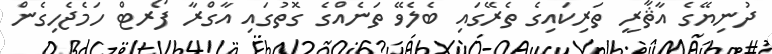
ދުނިޔޭގެ އާޘާރީ ތަރިކައިގެ ތެރޭގައި ބެލެވޭ ތަނެއްގެ ގޮތުގައި އާގްރާ ފޯރޓް ހަމެޖެހިގެން